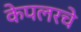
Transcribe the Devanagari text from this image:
केपलरचे